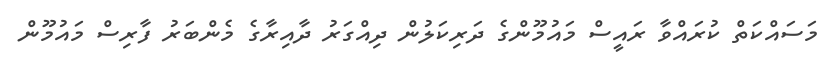
މަސައްކަތް ކުރައްވާ ރައީސް މައުމޫންގެ ދަރިކަލުން ދިއްގަރު ދާއިރާގެ މެންބަރު ފާރިސް މައުމޫން